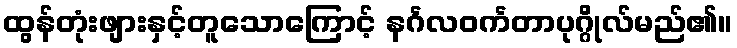
ထွန်တုံးဖျားနှင့်တူသောကြောင့် နင်္ဂလဝင်္ကတာပုဂ္ဂိုလ်မည်၏။